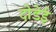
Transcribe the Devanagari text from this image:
दोडेई